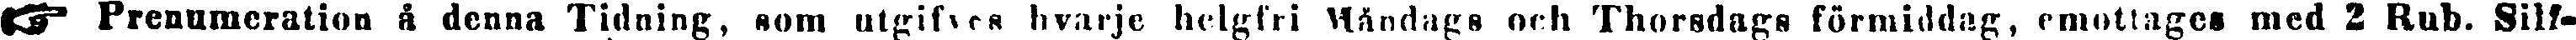
Prenumeration å denna Tidning, som utgifves hvarje helgfri Måndags och Thorsdags förmiddag, emottages med 2 Rub. Silf-